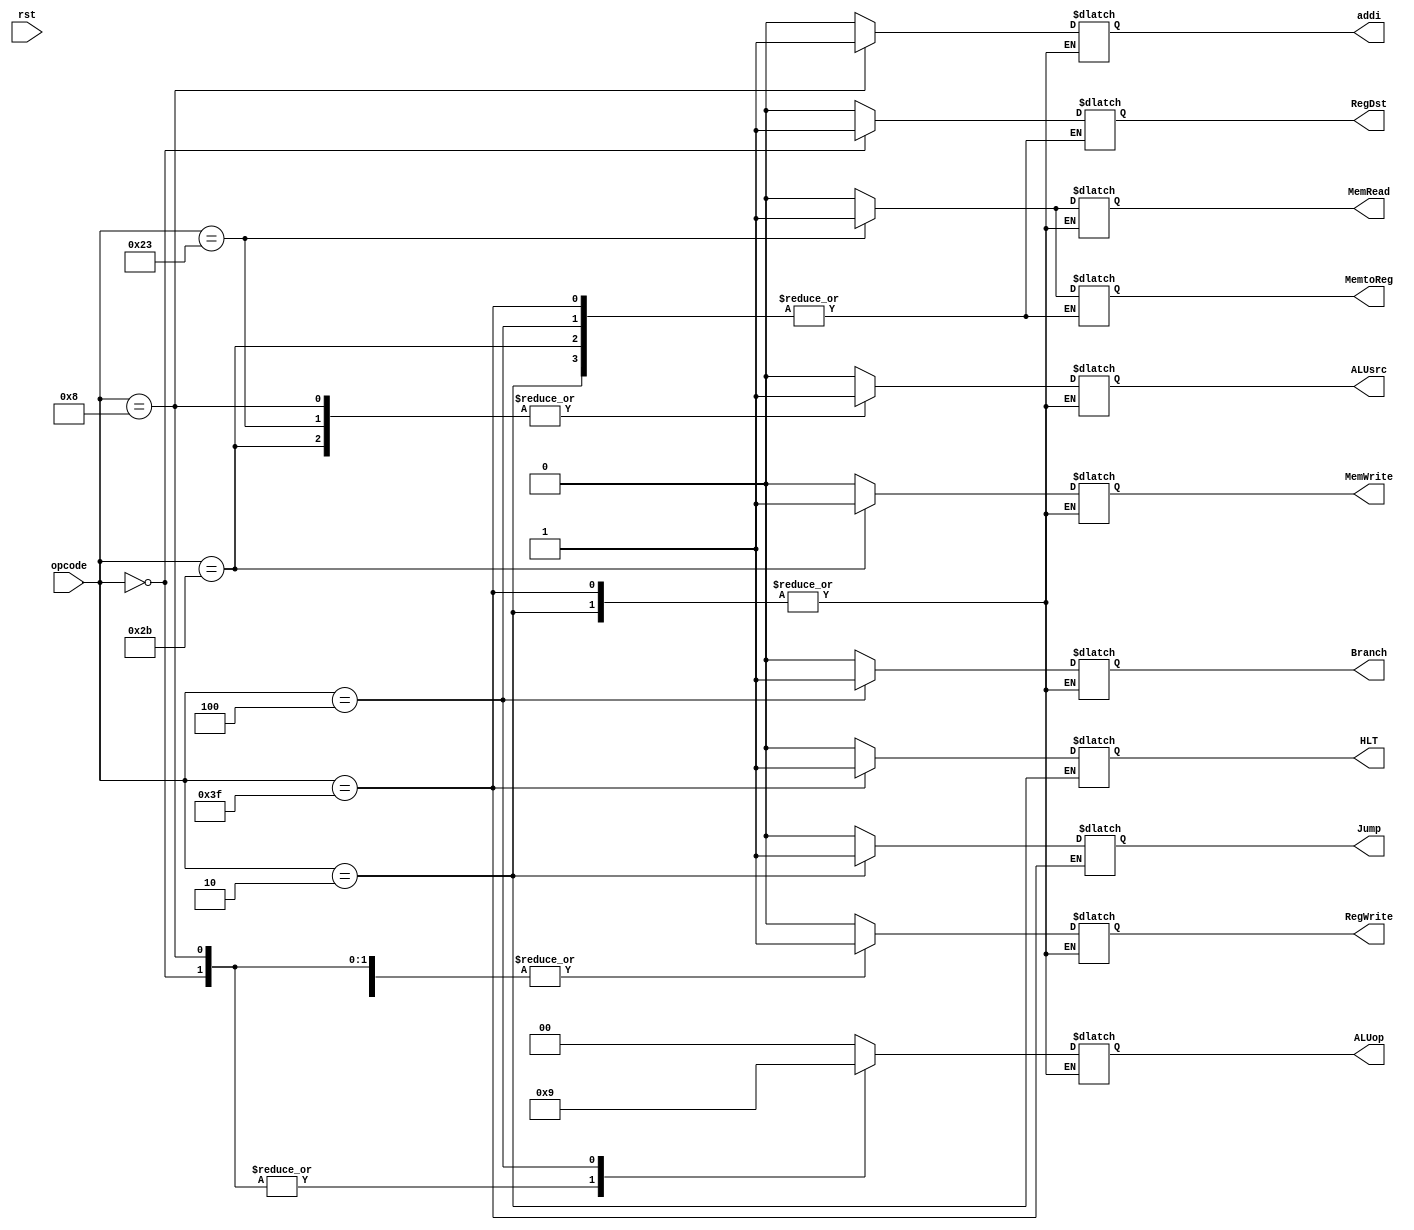
// EECE3324 
// Computer Architecture
// Final Project
// Kevin Wong & Jonathan Marrero

// Module for Control Unit
// Input: 6-bit opcode
// Output: 10 control signals
// Control Unit modeled after Pg. 327 Figure 4.22

`timescale 1ns / 1ns

module ControlUnit(opcode, rst, RegDst, Jump, Branch, MemRead, MemtoReg,
			MemWrite, ALUsrc, RegWrite, ALUop, addi, HLT);
  
  input [5:0] opcode;
  input rst;
  output reg RegDst, Jump, Branch, MemRead, MemtoReg, 
              MemWrite, ALUsrc, RegWrite, addi, HLT;
  output reg [1:0] ALUop;
  
  // Initialize Control Unit
  initial begin
    RegDst = 0;
    ALUsrc = 0;
    MemtoReg = 0;
    RegWrite = 0;
    MemRead = 0;
    MemWrite = 0;
    Branch = 0;
    ALUop = 2'b00;
    Jump = 0;
    addi = 0;
    HLT = 0;
  end
        
  // Fetch Outputs
  always @ (opcode) begin
    
	  // Control Signals Produced
	  case (opcode)
	    // R type
	    6'b000000: begin
	      RegDst = 1;
	      ALUsrc = 0;
	      MemtoReg = 0;
	      RegWrite = 1;
	      MemRead = 0;
	      MemWrite = 0;
	      Branch = 0;
	      ALUop = 2'b10;
	      Jump = 0;
	      addi = 0;
	      HLT = 0;
            end
             // ADDI
            6'b001000: begin
              RegDst = 0;
	      ALUsrc = 1;
	      MemtoReg = 0;
	      RegWrite = 1;
	      MemRead = 0;
	      MemWrite = 0;
	      Branch = 0;
	      ALUop = 2'b10;
	      Jump = 0;
	      addi = 1;
	      HLT = 0;
            end
             // LW
            6'b100011: begin
              RegDst = 0;
              ALUsrc = 1;
              MemtoReg = 1;
              RegWrite = 1;
              MemRead = 1;
              MemWrite = 0;
              Branch = 0;
	      ALUop = 2'b00;
	      Jump = 0;
	      addi = 0;
	      HLT = 0;
            end
             // SW
            6'b101011: begin
              ALUsrc = 1;
              RegWrite = 0;
              MemRead = 0;
              MemWrite = 1;
              Branch = 0;
	      ALUop = 2'b00;
	      Jump = 0;
	      addi = 0;
	      HLT = 0;
            end
             // BEQ
            6'b000100: begin
              ALUsrc = 0;
              RegWrite = 0;
              MemRead = 0;
              MemWrite = 0;
              Branch = 1;
	      ALUop = 2'b01;
	      Jump = 0;
	      addi = 0;
	      HLT = 0;
            end
             // JUMP
            6'b000010: begin
              Jump = 1;
            end
             // Halt
            6'b111111: begin
              HLT = 1;
            end     
      default: begin
        RegDst = 0;
        ALUsrc = 0;
        MemtoReg = 0;
        RegWrite = 0;
        MemRead = 0;
        MemWrite = 0;
        Branch = 0;
        ALUop = 2'b00;
        Jump = 0;
        addi = 0;
        HLT = 0;
      end
    endcase
  end
  
endmodule